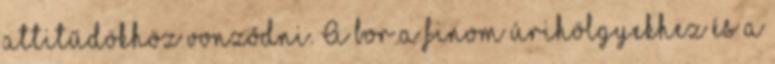
attitűdökhöz vonzódni. A bor a finom úrihölgyekhez és a